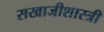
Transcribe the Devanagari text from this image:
सखाजीशास्त्री